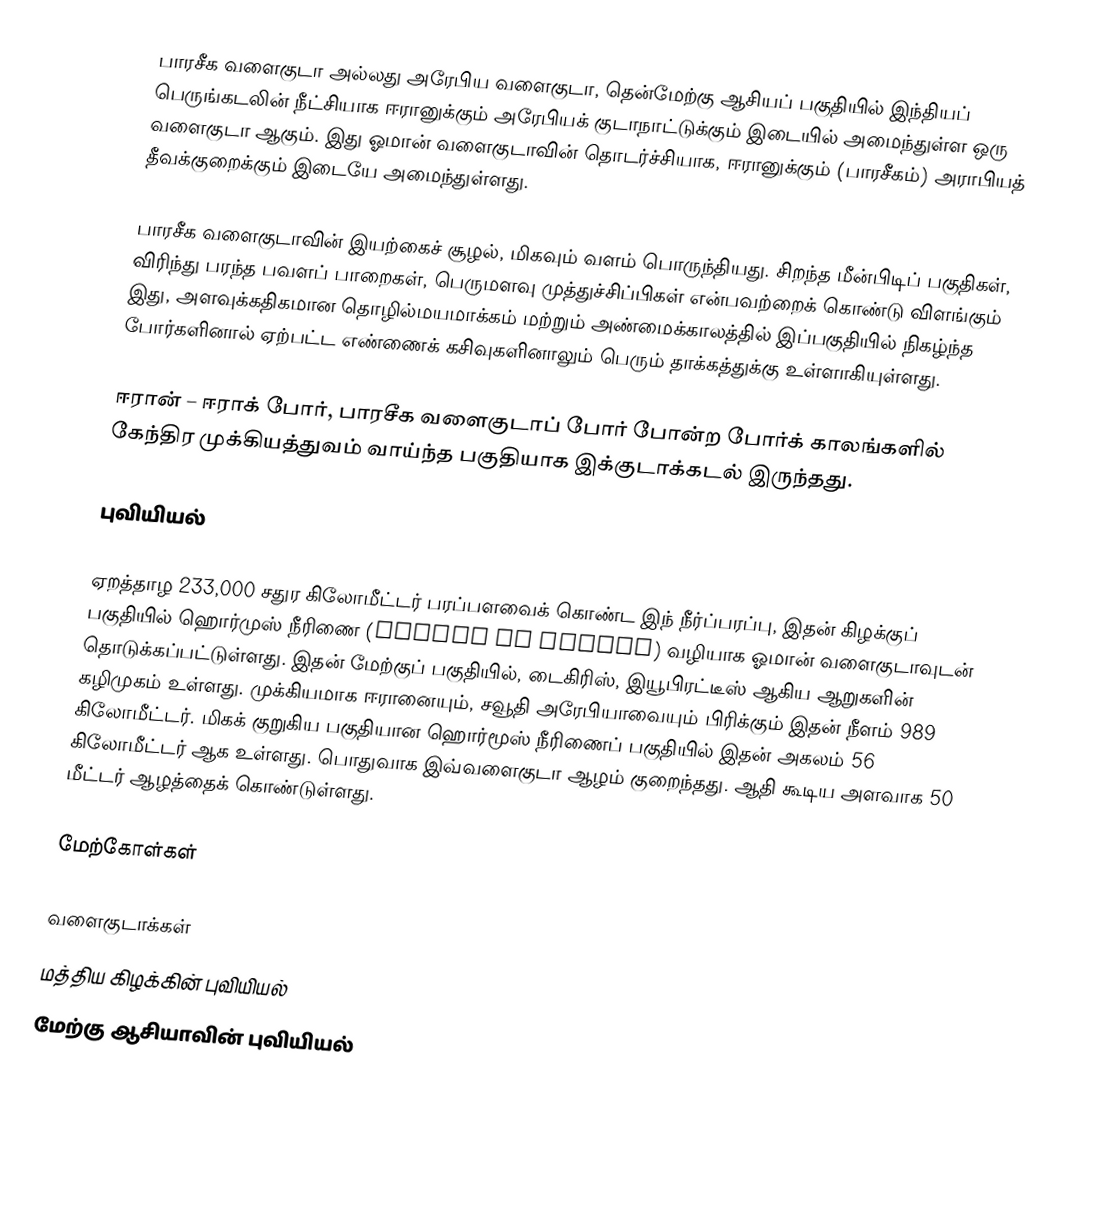
பாரசீக வளைகுடா அல்லது அரேபிய வளைகுடா, தென்மேற்கு ஆசியப் பகுதியில் இந்தியப் பெருங்கடலின் நீட்சியாக ஈரானுக்கும் அரேபியக் குடாநாட்டுக்கும் இடையில் அமைந்துள்ள ஒரு வளைகுடா ஆகும். இது ஓமான் வளைகுடாவின் தொடர்ச்சியாக, ஈரானுக்கும் (பாரசீகம்) அராபியத் தீவக்குறைக்கும் இடையே அமைந்துள்ளது.

பாரசீக வளைகுடாவின் இயற்கைச் சூழல், மிகவும் வளம் பொருந்தியது. சிறந்த மீன்பிடிப் பகுதிகள், விரிந்து பரந்த பவளப் பாறைகள், பெருமளவு முத்துச்சிப்பிகள் என்பவற்றைக் கொண்டு விளங்கும் இது, அளவுக்கதிகமான தொழில்மயமாக்கம் மற்றும் அண்மைக்காலத்தில் இப்பகுதியில் நிகழ்ந்த போர்களினால் ஏற்பட்ட எண்ணைக் கசிவுகளினாலும் பெரும் தாக்கத்துக்கு உள்ளாகியுள்ளது.

ஈரான் – ஈராக் போர், பாரசீக வளைகுடாப் போர் போன்ற போர்க் காலங்களில் கேந்திர முக்கியத்துவம் வாய்ந்த பகுதியாக இக்குடாக்கடல் இருந்தது.

புவியியல்

ஏறத்தாழ 233,000 சதுர கிலோமீட்டர் பரப்பளவைக் கொண்ட இந் நீர்ப்பரப்பு, இதன் கிழக்குப் பகுதியில் ஹொர்முஸ் நீரிணை (Strait of Hormuz) வழியாக ஓமான் வளைகுடாவுடன் தொடுக்கப்பட்டுள்ளது. இதன் மேற்குப் பகுதியில், டைகிரிஸ், இயூபிரட்டீஸ் ஆகிய ஆறுகளின் கழிமுகம் உள்ளது. முக்கியமாக ஈரானையும், சவூதி அரேபியாவையும் பிரிக்கும் இதன் நீளம் 989 கிலோமீட்டர். மிகக் குறுகிய பகுதியான ஹொர்மூஸ் நீரிணைப் பகுதியில் இதன் அகலம் 56 கிலோமீட்டர் ஆக உள்ளது. பொதுவாக இவ்வளைகுடா ஆழம் குறைந்தது. ஆதி கூடிய அளவாக 50 மீட்டர் ஆழத்தைக் கொண்டுள்ளது.

மேற்கோள்கள்

வளைகுடாக்கள்
மத்திய கிழக்கின் புவியியல்
மேற்கு ஆசியாவின் புவியியல்